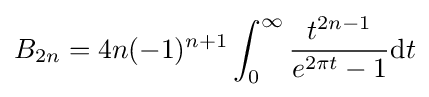
B_{2n}=4n(-1)^{n+1}\int _{0}^{\infty }{\frac {t^{2n-1}}{e^{2\pi t}-1}}\mathrm {d} t